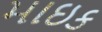
માઇક